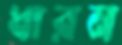
ধারন